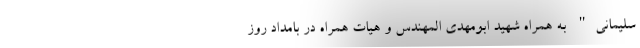
سلیمانی" به همراه شهید ابومهدی‌ المهندس و هیات همراه در بامداد روز